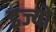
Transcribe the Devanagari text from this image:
इज्यो